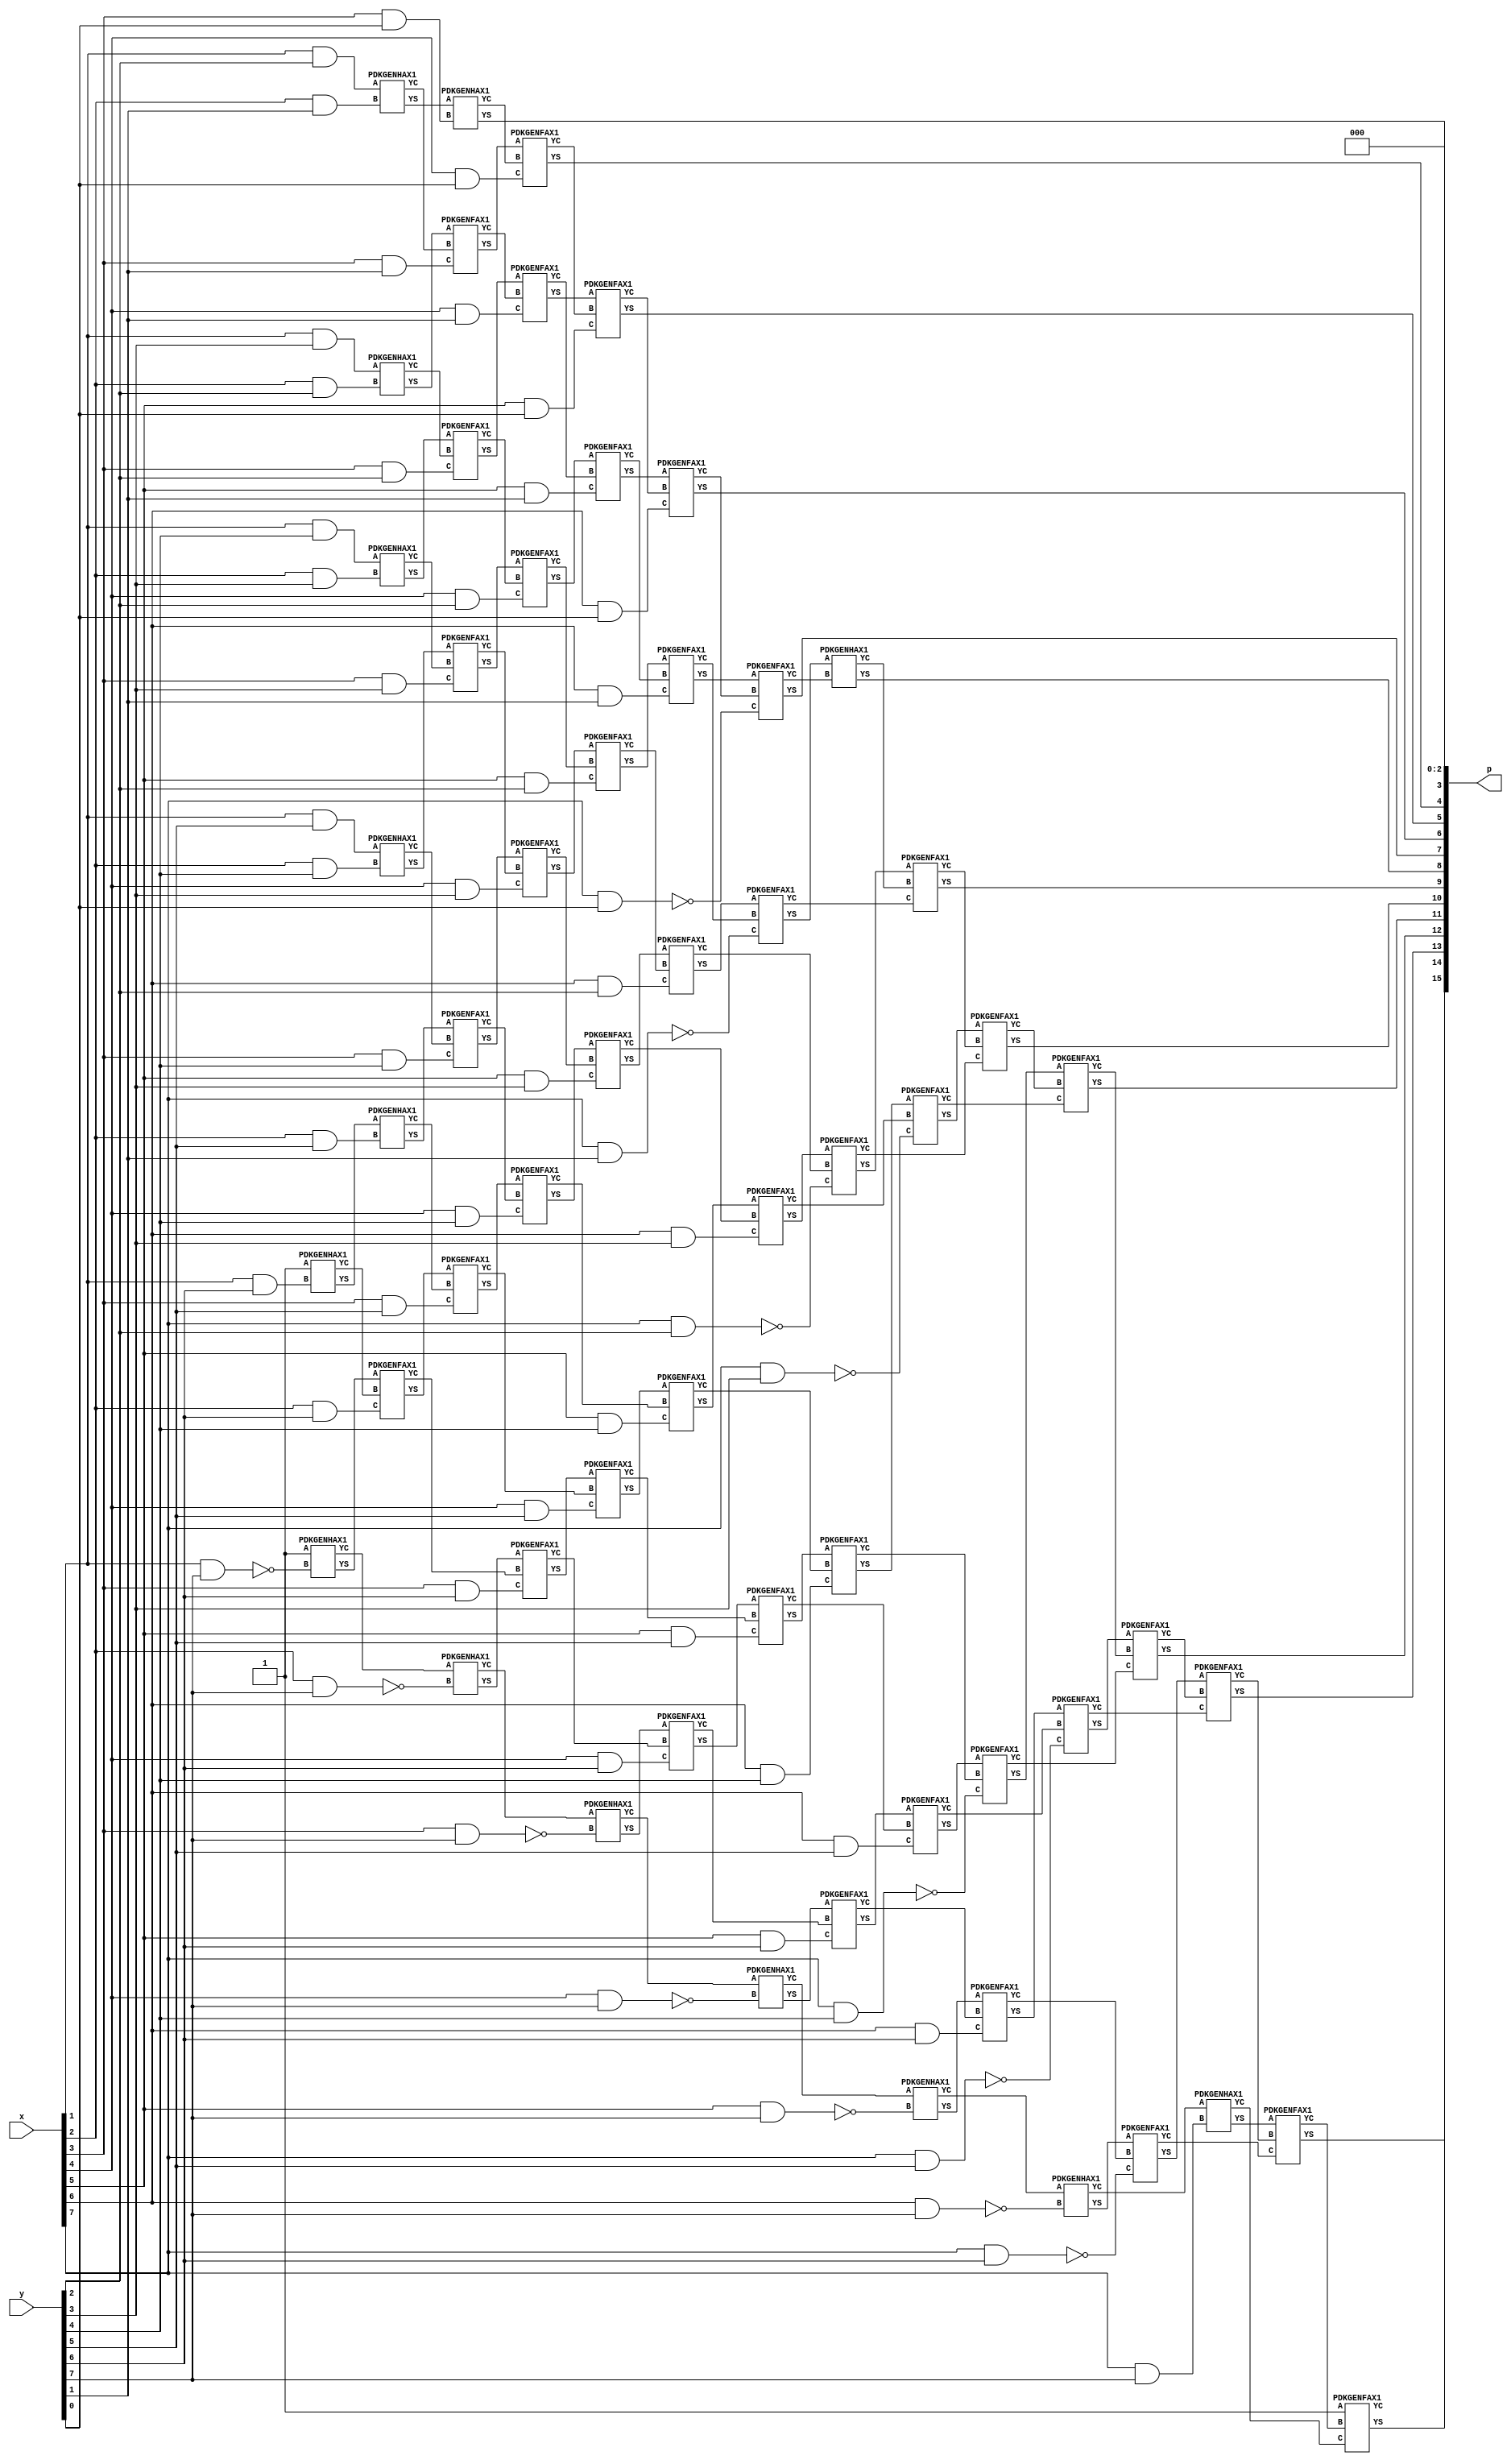
/***
* This code is a part of EvoApproxLib library (ehw.fit.vutbr.cz/approxlib) distributed under The MIT License.
* When used, please cite the following article(s): V. Mrazek, Z. Vasicek, L. Sekanina, H. Jiang and J. Han, "Scalable Construction of Approximate Multipliers With Formally Guaranteed Worst Case Error" in IEEE Transactions on Very Large Scale Integration (VLSI) Systems, vol. 26, no. 11, pp. 2572-2576, Nov. 2018. doi: 10.1109/TVLSI.2018.2856362 
* This file contains a circuit from a sub-set of pareto optimal circuits with respect to the pwr and mae parameters
***/
// MAE% = 0.051 %
// MAE = 33 
// WCE% = 0.21 %
// WCE = 137 
// WCRE% = 900.00 %
// EP% = 74.80 %
// MRE% = 2.73 %
// MSE = 2746 
// PDK45_PWR = 0.363 mW
// PDK45_AREA = 635.0 um2
// PDK45_DELAY = 1.37 ns


module mul8s_1KR6 ( x, y, p);
  input [7:0] x;
  input [7:0] y;
  output [15:0] p;
  
  wire [7:0] A;
  wire [7:0] B;
  wire [15:0] O;

  assign  A = x;
  assign  B = y;
  assign  p = O;
  

  wire C_1_6,C_1_7,C_2_1,C_2_2,C_2_3,C_2_4,C_2_5,C_2_6,C_2_7,C_3_0,C_3_1,C_3_2,C_3_3,C_3_4,C_3_5,C_3_6,C_3_7,C_4_0,C_4_1,C_4_2,C_4_3,C_4_4,C_4_5,C_4_6,C_4_7,C_5_0,C_5_1,C_5_2,C_5_3,C_5_4,C_5_5,C_5_6,C_5_7,C_6_0,C_6_1,C_6_2,C_6_3,C_6_4,C_6_5,C_6_6,C_6_7,C_7_0,C_7_1,C_7_2,C_7_3,C_7_4,C_7_5,C_7_6,C_7_7,C_8_0,C_8_1,C_8_2,C_8_3,C_8_4,C_8_5,C_8_6,C_8_7,S_0_7,S_1_2,S_1_3,S_1_4,S_1_5,S_1_6,S_1_7,S_2_1,S_2_2,S_2_3,S_2_4,S_2_5,S_2_6,S_2_7,S_3_0,S_3_1,S_3_2,S_3_3,S_3_4,S_3_5,S_3_6,S_3_7,S_4_0,S_4_1,S_4_2,S_4_3,S_4_4,S_4_5,S_4_6,S_4_7,S_5_0,S_5_1,S_5_2,S_5_3,S_5_4,S_5_5,S_5_6,S_5_7,S_6_0,S_6_1,S_6_2,S_6_3,S_6_4,S_6_5,S_6_6,S_6_7,S_7_0,S_7_1,S_7_2,S_7_3,S_7_4,S_7_5,S_7_6,S_7_7,S_8_0,S_8_1,S_8_2,S_8_3,S_8_4,S_8_5,S_8_6,S_8_7;

  assign S_0_7 = 1'b1;
  assign S_1_2 = (A[1] & B[2]);
  assign S_1_3 = (A[1] & B[3]);
  assign S_1_4 = (A[1] & B[4]);
  assign S_1_5 = (A[1] & B[5]);
  PDKGENHAX1 U2463 (.A(S_0_7), .B((A[1] & B[6])), .YS(S_1_6), .YC(C_1_6));
  PDKGENHAX1 U2464 (.A(1'b1), .B(~(A[1] & B[7])), .YS(S_1_7), .YC(C_1_7));
  PDKGENHAX1 U2466 (.A(S_1_2), .B((A[2] & B[1])), .YS(S_2_1), .YC(C_2_1));
  PDKGENHAX1 U2467 (.A(S_1_3), .B((A[2] & B[2])), .YS(S_2_2), .YC(C_2_2));
  PDKGENHAX1 U2468 (.A(S_1_4), .B((A[2] & B[3])), .YS(S_2_3), .YC(C_2_3));
  PDKGENHAX1 U2469 (.A(S_1_5), .B((A[2] & B[4])), .YS(S_2_4), .YC(C_2_4));
  PDKGENHAX1 U2470 (.A(S_1_6), .B((A[2] & B[5])), .YS(S_2_5), .YC(C_2_5));
  PDKGENFAX1 U2471 (.A(S_1_7), .B(C_1_6), .C((A[2] & B[6])), .YS(S_2_6), .YC(C_2_6));
  PDKGENHAX1 U2472 (.A(C_1_7), .B(~(A[2] & B[7])), .YS(S_2_7), .YC(C_2_7));
  PDKGENHAX1 U2473 (.A(S_2_1), .B((A[3] & B[0])), .YS(S_3_0), .YC(C_3_0));
  PDKGENFAX1 U2474 (.A(S_2_2), .B(C_2_1), .C((A[3] & B[1])), .YS(S_3_1), .YC(C_3_1));
  PDKGENFAX1 U2475 (.A(S_2_3), .B(C_2_2), .C((A[3] & B[2])), .YS(S_3_2), .YC(C_3_2));
  PDKGENFAX1 U2476 (.A(S_2_4), .B(C_2_3), .C((A[3] & B[3])), .YS(S_3_3), .YC(C_3_3));
  PDKGENFAX1 U2477 (.A(S_2_5), .B(C_2_4), .C((A[3] & B[4])), .YS(S_3_4), .YC(C_3_4));
  PDKGENFAX1 U2478 (.A(S_2_6), .B(C_2_5), .C((A[3] & B[5])), .YS(S_3_5), .YC(C_3_5));
  PDKGENFAX1 U2479 (.A(S_2_7), .B(C_2_6), .C((A[3] & B[6])), .YS(S_3_6), .YC(C_3_6));
  PDKGENHAX1 U2480 (.A(C_2_7), .B(~(A[3] & B[7])), .YS(S_3_7), .YC(C_3_7));
  PDKGENFAX1 U2481 (.A(S_3_1), .B(C_3_0), .C((A[4] & B[0])), .YS(S_4_0), .YC(C_4_0));
  PDKGENFAX1 U2482 (.A(S_3_2), .B(C_3_1), .C((A[4] & B[1])), .YS(S_4_1), .YC(C_4_1));
  PDKGENFAX1 U2483 (.A(S_3_3), .B(C_3_2), .C((A[4] & B[2])), .YS(S_4_2), .YC(C_4_2));
  PDKGENFAX1 U2484 (.A(S_3_4), .B(C_3_3), .C((A[4] & B[3])), .YS(S_4_3), .YC(C_4_3));
  PDKGENFAX1 U2485 (.A(S_3_5), .B(C_3_4), .C((A[4] & B[4])), .YS(S_4_4), .YC(C_4_4));
  PDKGENFAX1 U2486 (.A(S_3_6), .B(C_3_5), .C((A[4] & B[5])), .YS(S_4_5), .YC(C_4_5));
  PDKGENFAX1 U2487 (.A(S_3_7), .B(C_3_6), .C((A[4] & B[6])), .YS(S_4_6), .YC(C_4_6));
  PDKGENHAX1 U2488 (.A(C_3_7), .B(~(A[4] & B[7])), .YS(S_4_7), .YC(C_4_7));
  PDKGENFAX1 U2489 (.A(S_4_1), .B(C_4_0), .C((A[5] & B[0])), .YS(S_5_0), .YC(C_5_0));
  PDKGENFAX1 U2490 (.A(S_4_2), .B(C_4_1), .C((A[5] & B[1])), .YS(S_5_1), .YC(C_5_1));
  PDKGENFAX1 U2491 (.A(S_4_3), .B(C_4_2), .C((A[5] & B[2])), .YS(S_5_2), .YC(C_5_2));
  PDKGENFAX1 U2492 (.A(S_4_4), .B(C_4_3), .C((A[5] & B[3])), .YS(S_5_3), .YC(C_5_3));
  PDKGENFAX1 U2493 (.A(S_4_5), .B(C_4_4), .C((A[5] & B[4])), .YS(S_5_4), .YC(C_5_4));
  PDKGENFAX1 U2494 (.A(S_4_6), .B(C_4_5), .C((A[5] & B[5])), .YS(S_5_5), .YC(C_5_5));
  PDKGENFAX1 U2495 (.A(S_4_7), .B(C_4_6), .C((A[5] & B[6])), .YS(S_5_6), .YC(C_5_6));
  PDKGENHAX1 U2496 (.A(C_4_7), .B(~(A[5] & B[7])), .YS(S_5_7), .YC(C_5_7));
  PDKGENFAX1 U2497 (.A(S_5_1), .B(C_5_0), .C((A[6] & B[0])), .YS(S_6_0), .YC(C_6_0));
  PDKGENFAX1 U2498 (.A(S_5_2), .B(C_5_1), .C((A[6] & B[1])), .YS(S_6_1), .YC(C_6_1));
  PDKGENFAX1 U2499 (.A(S_5_3), .B(C_5_2), .C((A[6] & B[2])), .YS(S_6_2), .YC(C_6_2));
  PDKGENFAX1 U2500 (.A(S_5_4), .B(C_5_3), .C((A[6] & B[3])), .YS(S_6_3), .YC(C_6_3));
  PDKGENFAX1 U2501 (.A(S_5_5), .B(C_5_4), .C((A[6] & B[4])), .YS(S_6_4), .YC(C_6_4));
  PDKGENFAX1 U2502 (.A(S_5_6), .B(C_5_5), .C((A[6] & B[5])), .YS(S_6_5), .YC(C_6_5));
  PDKGENFAX1 U2503 (.A(S_5_7), .B(C_5_6), .C((A[6] & B[6])), .YS(S_6_6), .YC(C_6_6));
  PDKGENHAX1 U2504 (.A(C_5_7), .B(~(A[6] & B[7])), .YS(S_6_7), .YC(C_6_7));
  PDKGENFAX1 U2505 (.A(S_6_1), .B(C_6_0), .C(~(A[7] & B[0])), .YS(S_7_0), .YC(C_7_0));
  PDKGENFAX1 U2506 (.A(S_6_2), .B(C_6_1), .C(~(A[7] & B[1])), .YS(S_7_1), .YC(C_7_1));
  PDKGENFAX1 U2507 (.A(S_6_3), .B(C_6_2), .C(~(A[7] & B[2])), .YS(S_7_2), .YC(C_7_2));
  PDKGENFAX1 U2508 (.A(S_6_4), .B(C_6_3), .C(~(A[7] & B[3])), .YS(S_7_3), .YC(C_7_3));
  PDKGENFAX1 U2509 (.A(S_6_5), .B(C_6_4), .C(~(A[7] & B[4])), .YS(S_7_4), .YC(C_7_4));
  PDKGENFAX1 U2510 (.A(S_6_6), .B(C_6_5), .C(~(A[7] & B[5])), .YS(S_7_5), .YC(C_7_5));
  PDKGENFAX1 U2511 (.A(S_6_7), .B(C_6_6), .C(~(A[7] & B[6])), .YS(S_7_6), .YC(C_7_6));
  PDKGENHAX1 U2512 (.A(C_6_7), .B((A[7] & B[7])), .YS(S_7_7), .YC(C_7_7));
  PDKGENHAX1 U2513 (.A(S_7_1), .B(C_7_0), .YS(S_8_0), .YC(C_8_0));
  PDKGENFAX1 U2514 (.A(S_7_2), .B(C_8_0), .C(C_7_1), .YS(S_8_1), .YC(C_8_1));
  PDKGENFAX1 U2515 (.A(S_7_3), .B(C_8_1), .C(C_7_2), .YS(S_8_2), .YC(C_8_2));
  PDKGENFAX1 U2516 (.A(S_7_4), .B(C_8_2), .C(C_7_3), .YS(S_8_3), .YC(C_8_3));
  PDKGENFAX1 U2517 (.A(S_7_5), .B(C_8_3), .C(C_7_4), .YS(S_8_4), .YC(C_8_4));
  PDKGENFAX1 U2518 (.A(S_7_6), .B(C_8_4), .C(C_7_5), .YS(S_8_5), .YC(C_8_5));
  PDKGENFAX1 U2519 (.A(S_7_7), .B(C_8_5), .C(C_7_6), .YS(S_8_6), .YC(C_8_6));
  PDKGENFAX1 U2520 (.A(1'b1), .B(C_8_6), .C(C_7_7), .YS(S_8_7), .YC(C_8_7));
  assign O = {S_8_7,S_8_6,S_8_5,S_8_4,S_8_3,S_8_2,S_8_1,S_8_0,S_7_0,S_6_0,S_5_0,S_4_0,S_3_0,1'b0,1'b0,1'b0};

endmodule

/* mod */
module PDKGENHAX1( input A, input B, output YS, output YC );
    assign YS = A ^ B;
    assign YC = A & B;
endmodule
/* mod */
module PDKGENFAX1( input A, input B, input C, output YS, output YC );
    assign YS = (A ^ B) ^ C;
    assign YC = (A & B) | (B & C) | (A & C);
endmodule